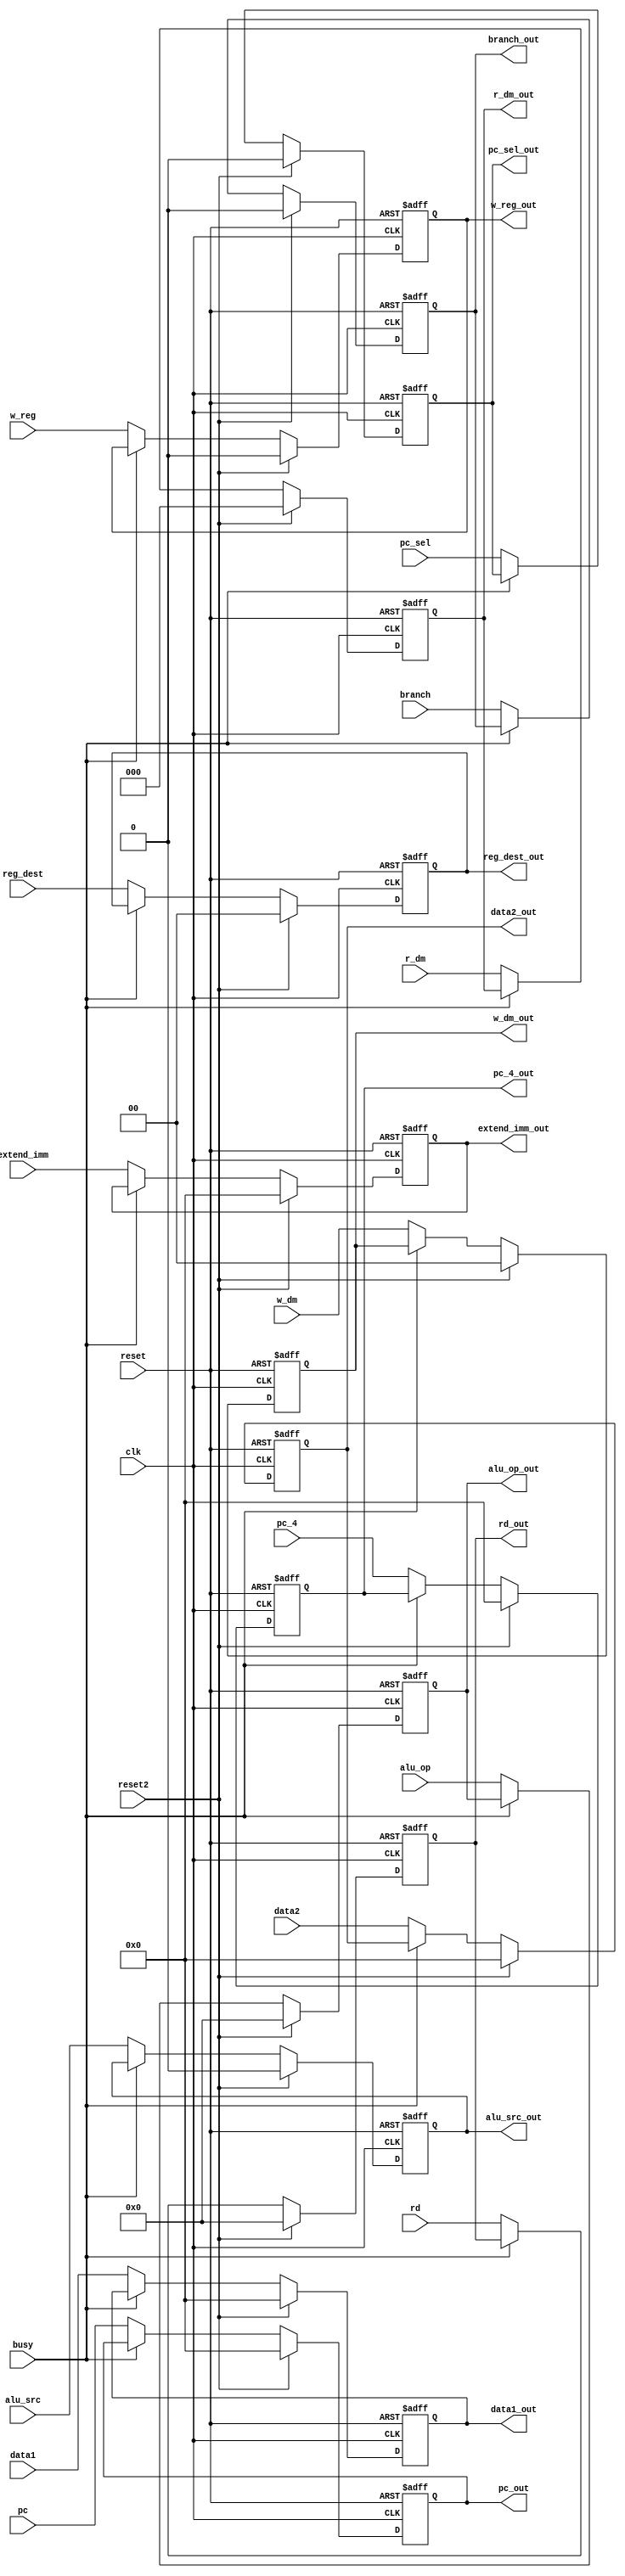
`timescale 1ps/100fs 
module id_cache(clk, busy, reset, reset2, w_reg, w_dm, r_dm, alu_op, reg_dest, alu_src, pc_sel, branch, 
						data1, data2, extend_imm, pc, pc_4, rd,
						w_reg_out, w_dm_out, r_dm_out, alu_op_out, reg_dest_out, alu_src_out, pc_sel_out, branch_out, 
						data1_out, data2_out, extend_imm_out, pc_out, pc_4_out, rd_out
						);
input[2:0] r_dm;
input clk, w_reg, branch, alu_src, pc_sel, reset, reset2, busy;
input[4:0] alu_op, rd;
input[1:0] w_dm, reg_dest;
input[31:0] data1, data2, extend_imm, pc, pc_4;
output reg[2:0] r_dm_out;
output reg w_reg_out, branch_out, alu_src_out, pc_sel_out;
output reg[4:0] alu_op_out, rd_out;
output reg[1:0] w_dm_out, reg_dest_out;
output reg[31:0] data1_out, data2_out, extend_imm_out, pc_out, pc_4_out;

always@(posedge clk or posedge reset) begin
	if(reset) begin
		w_reg_out <=  0;
		branch_out <=  0;
		alu_src_out <=  0;
		pc_sel_out <=  0;
		r_dm_out <=  0;
		alu_op_out <= 0;
		w_dm_out <=  0;
		reg_dest_out <=  0;
		data1_out <=  0;
		data2_out <=  0;
		extend_imm_out <=  0;
		pc_out <=  0;
		pc_4_out <=  0;
		rd_out <=  0;
	end
	else if(reset2) begin
		w_reg_out <=  0;
		branch_out <=  0;
		alu_src_out <=  0;
		pc_sel_out <=  0;
		r_dm_out <=  0;
		alu_op_out <= 0;
		w_dm_out <=  0;
		reg_dest_out <=  0;
		data1_out <=  0;
		data2_out <=  0;
		extend_imm_out <=  0;
		pc_out <=  0;
		pc_4_out <=  0;
		rd_out <=  0;
	end
	else if(!busy) begin
		w_reg_out <=  w_reg;
		branch_out <=  branch;
		alu_src_out <=  alu_src;
		pc_sel_out <=  pc_sel;
		r_dm_out <=  r_dm;
		alu_op_out <=  alu_op;
		w_dm_out <=  w_dm;
		reg_dest_out <=  reg_dest;
		data1_out <=  data1;
		data2_out <=  data2;
		extend_imm_out <=  extend_imm;
		pc_out <=  pc;
		pc_4_out <=  pc_4;
		rd_out <=  rd;
	end
end

endmodule